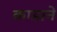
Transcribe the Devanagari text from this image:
काडाने